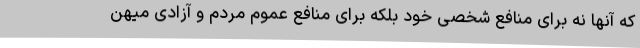
که آنها نه برای منافع شخصی خود بلکه برای منافع عموم مردم و آزادی میهن